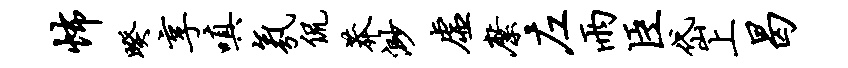
怖暌享嗔氛侃莽渺虚縻左雨臣岱上曷